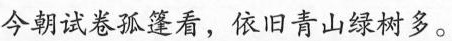
今朝试卷孤篷看，依旧青山绿树多。